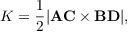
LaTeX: K = { \frac { 1 } { 2 } } | \mathbf { A C } \times \mathbf { B D } | ,